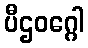
ပီဌဝဂ္ဂေါ